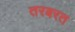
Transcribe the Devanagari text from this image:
तरबरत